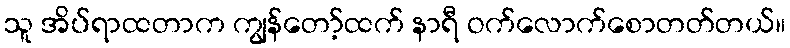
သူ အိပ်ရာထတာက ကျွန်တော့်ထက် နာရီ ဝက်လောက်စောတတ်တယ်။